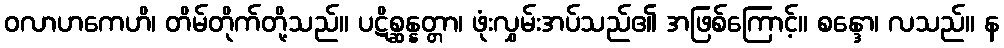
ဝလာဟကေဟိ၊ တိမ်တိုက်တို့သည်။ ပဋိစ္ဆန္နတ္တာ၊ ဖုံးလွှမ်းအပ်သည်၏ အဖြစ်ကြောင့်။ စန္ဒော၊ လသည်။ န